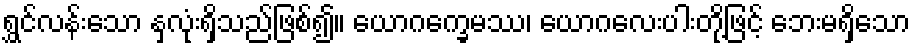
ရွှင်လန်းသော နှလုံးရှိသည်ဖြစ်၍။ ယောဂက္ခေမဿ၊ ယောဂလေးပါးတို့ဖြင့် ဘေးမရှိသော